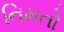
નિમતો